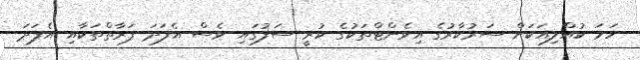
ހަމަ ކުއްލިއަކަށް ސަރުކާރުގެ އިވެންޓްތަކުގެ ކުރީ ސަފުގައި ވެސް އެފަދަ ފަރާތްތަކާއި އެފަދަ